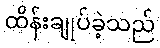
ထိန်းချုပ်ခဲ့သည်